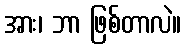
အား၊ ဘာ ဖြစ်တာလဲ။